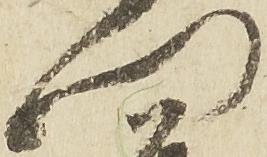
門